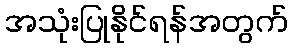
အသုံးပြုနိုင်ရန်အတွက်